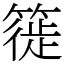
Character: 簁